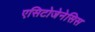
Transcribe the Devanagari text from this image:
एसिटोजेनेसिस